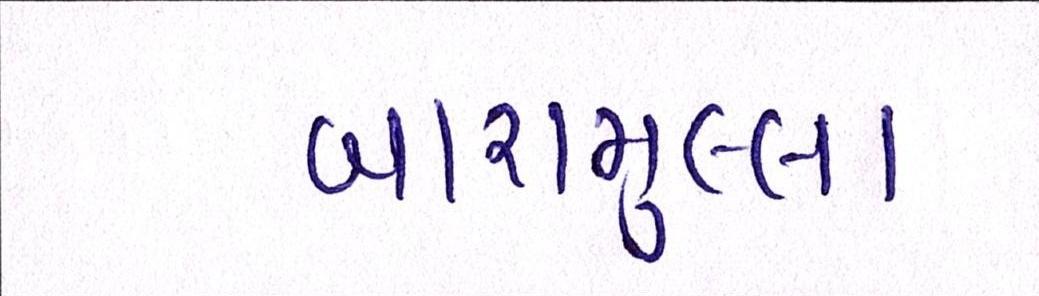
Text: બારામુલ્લા